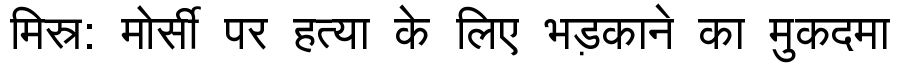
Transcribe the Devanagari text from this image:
मिस्र: मोर्सी पर हत्या के लिए भड़काने का मुकदमा